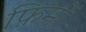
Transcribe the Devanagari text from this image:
फ़िमों